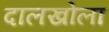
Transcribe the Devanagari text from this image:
दालखोला